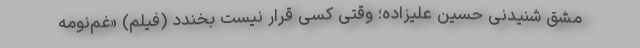
مشق شنیدنی حسین علیزاده؛ وقتی کسی قرار نیست بخندد (فیلم) «غم‌نومه‌